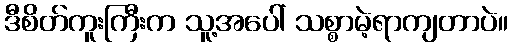
ဒီစိတ်ကူးကြီးက သူ့အပေါ် သစ္စာမဲ့ရာကျတာပဲ။